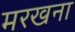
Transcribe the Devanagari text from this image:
मरखना